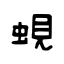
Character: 蜆